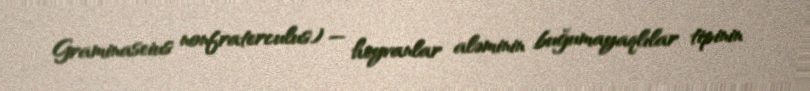
Graminaseius nonfraterculus) — heyvanlar aləminin buğumayaqlılar tipinin